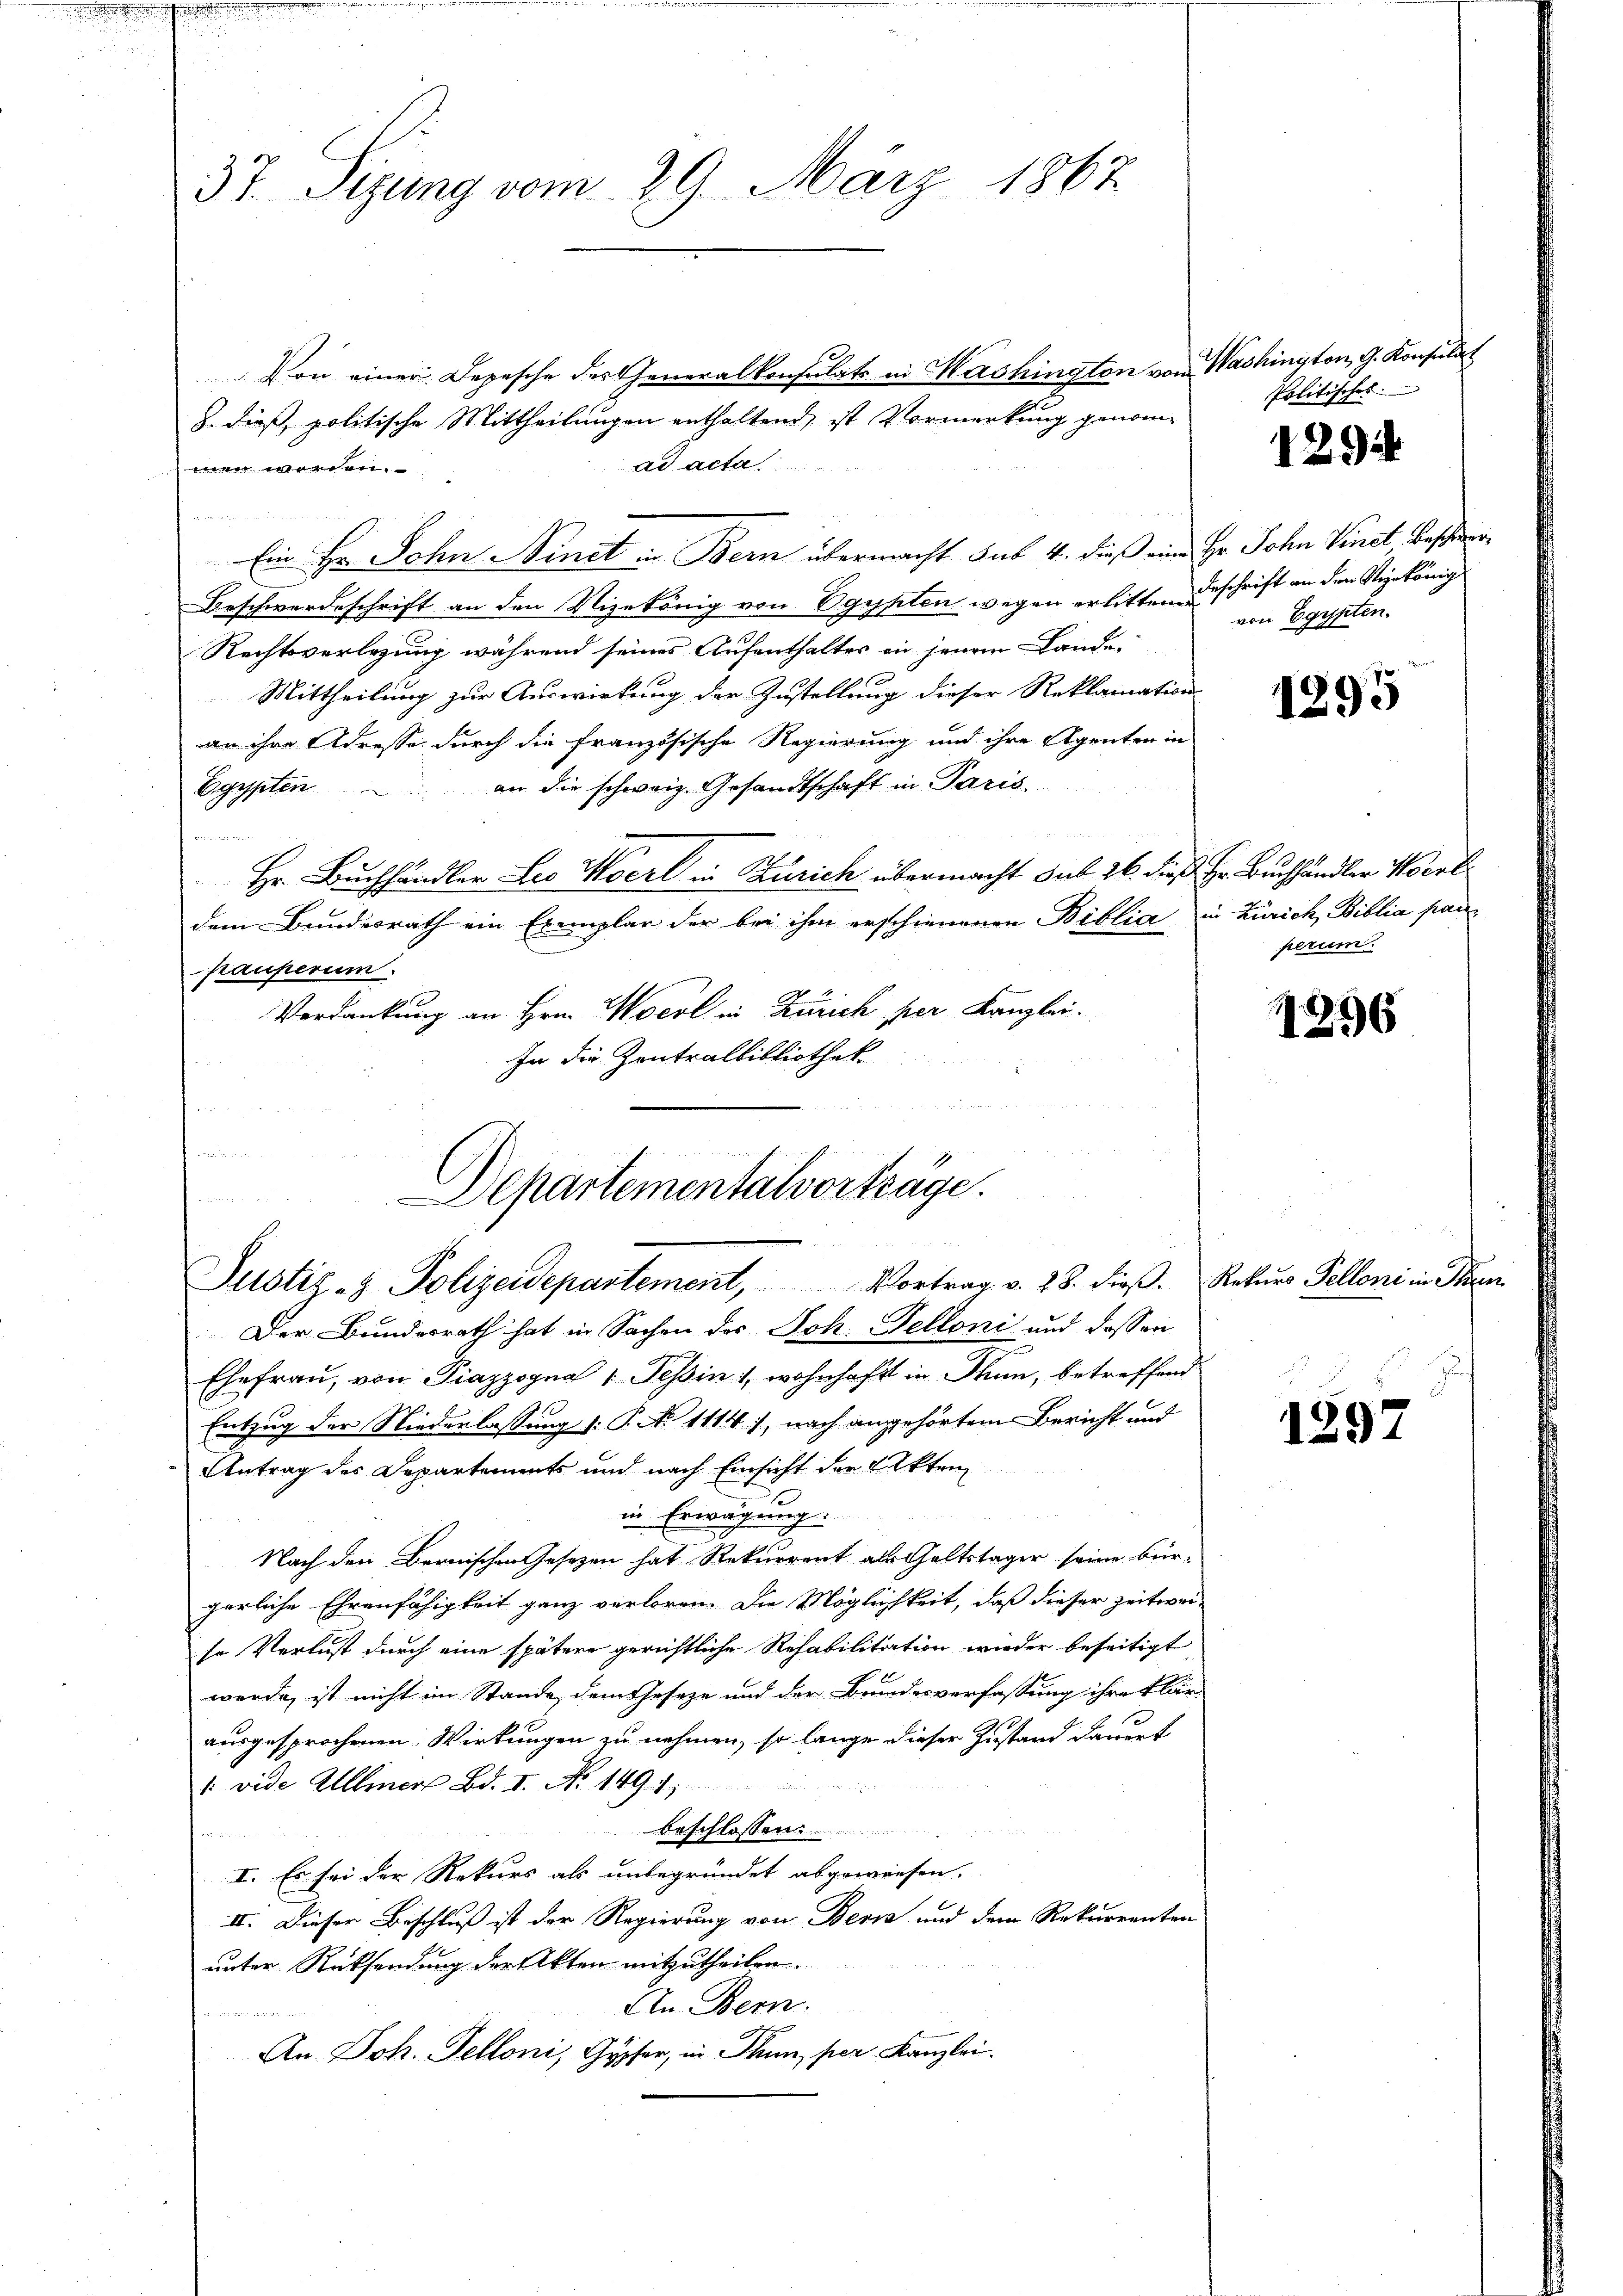
37. Sitzung vom 29. März 1862

Von einer Depesche der Generalkonsulats in Mashington von Washingten, G. Konsulat
8. dieß politische Mittheilungen enthaltend, ist Vormerkung genomad acta
men werden.
Ein Hr. John Ninet in Bern übermacht sub. 4. dieß eine Hr. John Venet Beschein
Beschwerdeschrift an den Vizekönig von Egypten wegen erlitten Beschrift an den Vizekönig
Rechtsverlegung während seines Aufenthalter in jenem Lande
Mittheilung zur Auswirkung der Zustellung dieser Reklamations
an ihre Adresse durch die französische Regierung und ihre Agenten in
an die schweiz. Gesandtschaft in Paris.
Egypten
Hr. Buchhändler Leo Merl in Zürich übermacht sub 26. dieß Hr. Buchhändler Wort
dem Bundesrath ein Exemplar der bei ihm erschienenen Biblia in Zürich, Biblia panpauperum.
Verdankung an Hrn. Wocol in Zürich per Kanzlei.
In die Zentralbibliothek

Departementalvorträge.
Justiz- & Polizeidepartement, Vortrag v. 28. dieβ. Rekŭrs Pelloni in Ita

Politisches

Der Bundesrath hat in Sachen des Joh. Telloni und dessen
7
Ehefrau, von Piazzogna 1 Tessin, wohnhaft in Thun, betreffend
Entzug der Niederlassung (: P. N. 1114), nach angehörtem Bericht und
Antrag des Departements und nach Einsicht der Akten
in Erwägung.
Nach den Bernischen Gesetzen hat Rekurrent als Geltstager seine bürgerliche Ehrenfähigkeit ganz verloren. Die Möglichkeit, daß dieser zeitweise Verlust durch eine spätere gerichtliche Rehabilitation wieder beseitigt
werde, ist nicht im Stande, dem Geseze und der Bundesverfassung ihre klär-
ausgesprochenen Wirkungen zu nehmen, so lange dieser Zustand dauert
1 vide Allmer Bd. I. No. 1491;
beschlossen:
  in der
I. Es sei der Rekurs als unbegründet abgewiesen.
II. Dieser Beschluß ist der Regierung von Bern und dem Rekurrenten
unter Rücksendung der Akten mitzutheilen.
An Bern.
An Joh. Telloni, Gypser, in Thun, per Kanzlei.

1294

von Egypten.

1295

perum.

1296

u

129